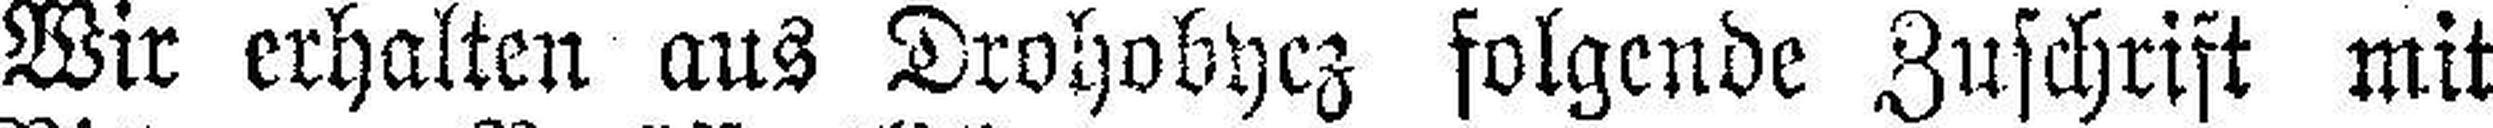
Wir erhalten aus Drohobycz folgende Zuschrift mit